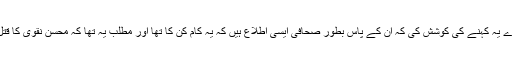
انھوں نے جان بوجھ کر محسن نقوی کے قتل بارے یہ کہنے کی کوشش کی کہ ان کے پاس بطور صحافی ایسی اطلاع ہیں کہ یہ کام کن کا تھا اور مطلب یہ تھا کہ محسن نقوی کا قتل شیعہ تنظیموں کے باہمی جھگڑوں کا نتیجہ تھا۔